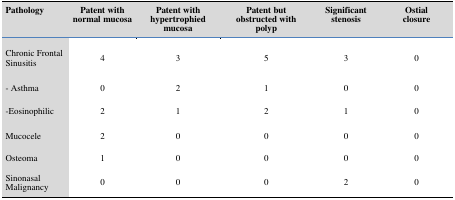
<table><thead><tr><td><b>Pathology</b></td><td><b>Patent withnormal mucosa</b></td><td><b>Patent withhypertrophiedmucosa</b></td><td><b>Patent butobstructed withpolyp</b></td><td><b>Significantstenosis</b></td><td><b>Ostialclosure</b></td></tr></thead><tbody><tr><td>Chronic FrontalSinusitis</td><td>4</td><td>3</td><td>5</td><td>3</td><td>0</td></tr><tr><td>- Asthma</td><td>0</td><td>2</td><td>1</td><td>0</td><td>0</td></tr><tr><td>-Eosinophilic</td><td>2</td><td>1</td><td>2</td><td>1</td><td>0</td></tr><tr><td>Mucocele</td><td>2</td><td>0</td><td>0</td><td>0</td><td>0</td></tr><tr><td>Osteoma</td><td>1</td><td>0</td><td>0</td><td>0</td><td>0</td></tr><tr><td>SinonasalMalignancy</td><td>0</td><td>0</td><td>0</td><td>2</td><td>0</td></tr></tbody></table>